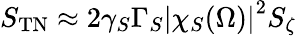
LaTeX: S_{\mathrm{TN}}\approx 2\gamma_{S}\Gamma_{S}\left|\chi_{S}(\Omega)\right|^{2}S_{\zeta}